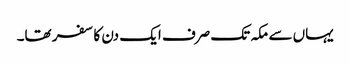
یہاں سے مکہ تک صرف ایک دن کا سفر تھا۔